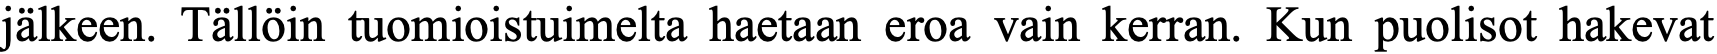
jälkeen. Tällöin tuomioistuimelta haetaan eroa vain kerran. Kun puolisot hakevat